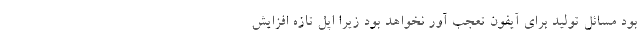
بود مسائل تولید برای آیفون تعجب آور نخواهد بود زیرا اپل تازه افزایش